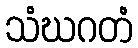
သံဃဂတံ